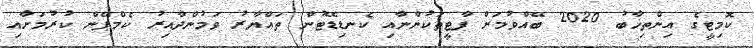
ކޮމިޓީގެ އިންތިޚާބު 2020 ބޭއްވުމަށް ޕާޓީތަކުންނާއި ކެނޑިޑޭޓުން ތައްޔާރު ވަމުންދާއިރު ކެމްޕޭން ކުރުމަށާއި